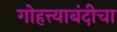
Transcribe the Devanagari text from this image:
गोहत्त्याबंदीचा